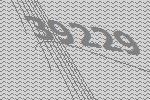
39229